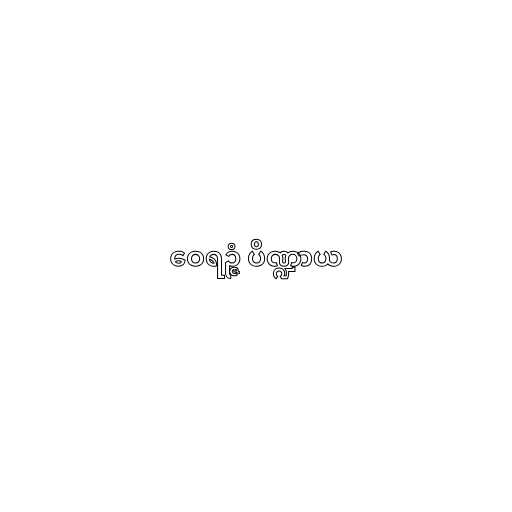
ဝေရဉ္ဇံ ပိဏ္ဍာယ